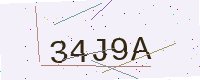
Text: 34J9A